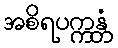
အစိရပက္ကန္တံ